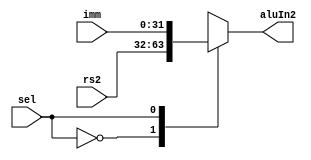
module alumux2(
    input wire sel,
    input wire[31:0] rs2,
    input wire[31:0] imm,
    output reg[31:0] aluIn2
);

always @(*) begin
    case(sel)
    1'b0: aluIn2 = rs2;
    1'b1: aluIn2 = imm;
    endcase

end

endmodule